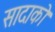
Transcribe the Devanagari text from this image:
सादाको